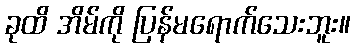
ခုထိ အိမ်ကို ပြန်မရောက်သေးဘူး။